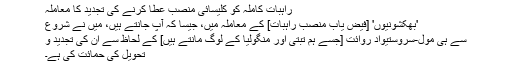
راہبات کاملہ کو کلیسائی منصب عطا کرنے کی تجدید کا معاملہ
'بھکشونیوں' [فیض یاب منصب راہبات] کے معاملہ میں، جیسا کہ آپ جانتے ہیں، میں نے شروع
سے ہی مول-سروستیواد روائت [جسے ہم تبتی اور منگولیا کے لوگ مانتے ہیں] کے لحاظ سے ان کی تجدید و
تحویل کی حمائت کی ہے۔